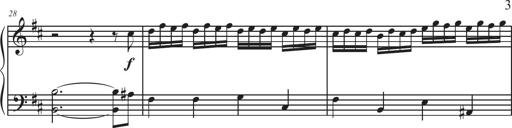
Title: Sonatina Espania
Composer: Jerald Franklin Archer
Key: Various